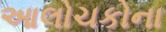
આલોચકોના